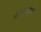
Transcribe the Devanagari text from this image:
संदानम